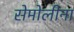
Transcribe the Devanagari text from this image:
सेमोलीना